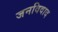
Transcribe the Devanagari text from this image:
जनविवाद